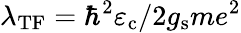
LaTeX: \lambda_{\mathrm{TF}}=\hbar^{2}\varepsilon_{\mathrm{c}}/2g_{\mathrm{s}}me^{2}